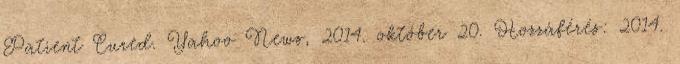
Patient Cured. Yahoo News, 2014. október 20. Hozzáférés: 2014.